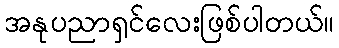
အနုပညာရှင်လေးဖြစ်ပါတယ်။